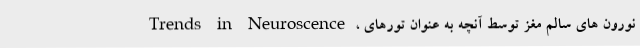
Trends in Neuroscence ، نورون های سالم مغز توسط آنچه به عنوان تورهای